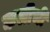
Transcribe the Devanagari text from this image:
कलीची